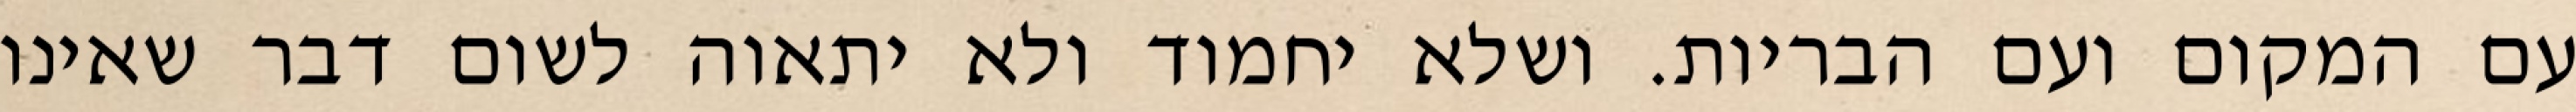
עם המקום ועם הבריות. ושלא יחמוד ולא יתאוה לשום דבר שאינו